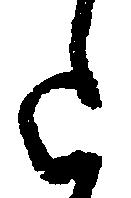
上